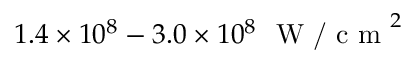
1 . 4 \times 1 0 ^ { 8 } - 3 . 0 \times 1 0 ^ { 8 } \ \textrm { W / c m } ^ { 2 }